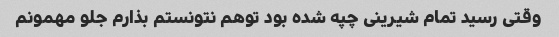
وقتی رسید تمام شیرینی چپه شده بود توهم نتونستم بذارم جلو مهمونم